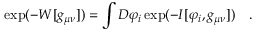
\exp ( - W [ g _ { \mu \nu } ] ) = \int { \cal D } \varphi _ { i } \exp ( - I [ \varphi _ { i } , g _ { \mu \nu } ] ) ~ ~ ~ .